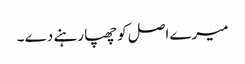
میرے اصل کو چھپا رہنے دے ۔